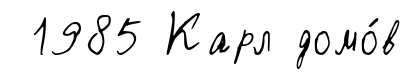
1985 Карл домо́в